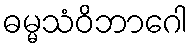
ဓမ္မသံဝိဘာဂေါ